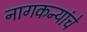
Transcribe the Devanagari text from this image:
नागकन्यांचे